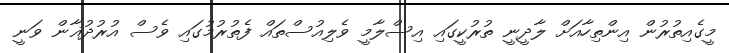
މީގެއިތުރުން އިންތިހާއަށް ލާދީނީ ތުރުކީގައި އިސްލާމީ ވެލިއުސްތައް ފެތުރުމުގައި ވެސް އުރުދުޣާން ވަނީ